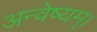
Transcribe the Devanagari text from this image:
अन्वेष्यम्।